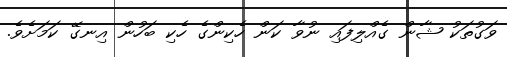
ވަގުތަކު ޝާން ގެއްލިފައި ނުވާ ކަން ހެކިންގެ ހެކި ބަހުން އިނގޭ ކަމަށެވެ.